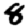
Digit: 8